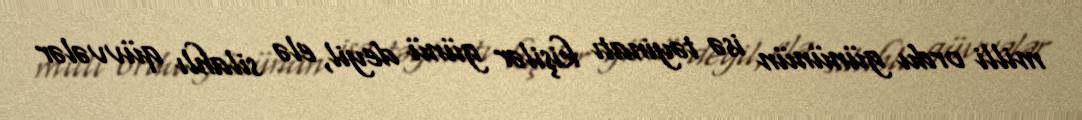
milli ordu gününün isə təyinatı kişilər günü deyil, elə silahlı qüvvələr